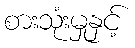
စားသုံးမှုနှင့်